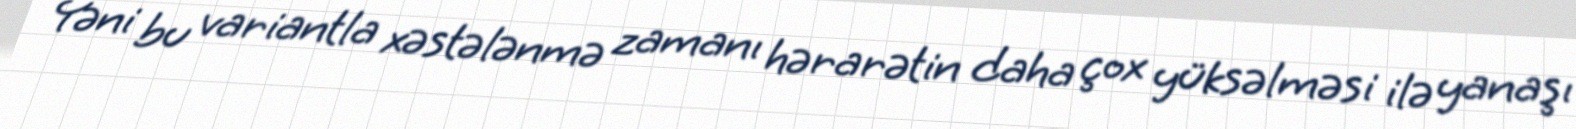
Yəni bu variantla xəstələnmə zamanı hərarətin daha çox yüksəlməsi ilə yanaşı